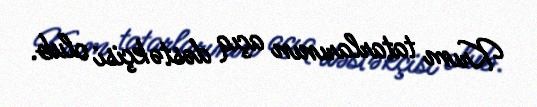
Krım tatarlarının açıq dəstəkçisi olub.